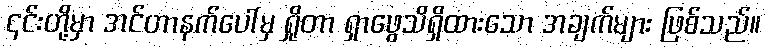
၎င်းတို့မှာ အင်တာနက်ပေါ်မှ ရှိုတာ ရှာဖွေသိရှိထားသော အချက်များ ဖြစ်သည်။